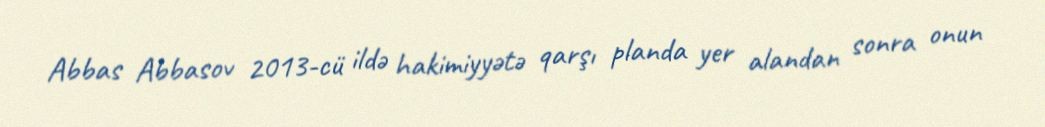
Abbas Abbasov 2013-cü ildə hakimiyyətə qarşı planda yer alandan sonra onun